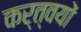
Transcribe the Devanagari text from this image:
कर्त्वयों